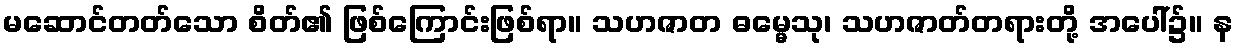
မဆောင်တတ်သော စိတ်၏ ဖြစ်ကြောင်းဖြစ်ရာ။ သဟဇာတ ဓမ္မေသု၊ သဟဇာတ်တရားတို့ အပေါ်၌။ န